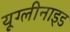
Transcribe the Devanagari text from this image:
यूग्लीनाइड